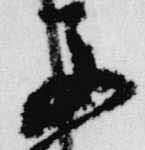
子